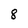
Character: 8